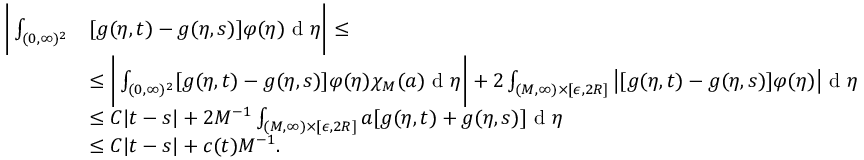
\begin{array} { r l } { \bigg | \int _ { ( 0 , \infty ) ^ { 2 } } } & { [ g ( \eta , t ) - g ( \eta , s ) ] \varphi ( \eta ) \textup { d } \eta \bigg | \leq } \\ & { \leq \bigg | \int _ { ( 0 , \infty ) ^ { 2 } } [ g ( \eta , t ) - g ( \eta , s ) ] \varphi ( \eta ) \chi _ { M } ( a ) \textup { d } \eta \bigg | + 2 \int _ { ( M , \infty ) \times [ \epsilon , 2 R ] } \big | [ g ( \eta , t ) - g ( \eta , s ) ] \varphi ( \eta ) \big | \textup { d } \eta } \\ & { \leq C | t - s | + 2 M ^ { - 1 } \int _ { ( M , \infty ) \times [ \epsilon , 2 R ] } a [ g ( \eta , t ) + g ( \eta , s ) ] \textup { d } \eta } \\ & { \leq C | t - s | + c ( t ) M ^ { - 1 } . } \end{array}